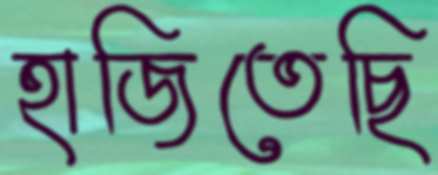
হাজিতেছি